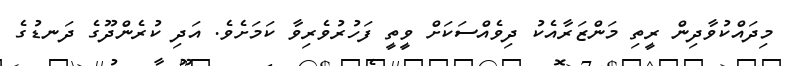
މިދައްކުވާދިން ރީތި މަންޒަރާއެކު ދިވެއްސަކަށް ވީތީ ފަހުރުވެރިވާ ކަަމަށެވެ. އަދި ކުރެންދޫގެ ދަނޑުގެ